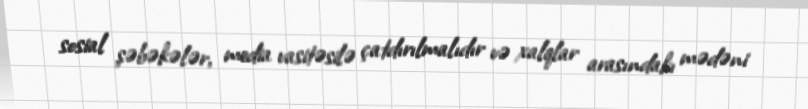
sosial şəbəkələr, media vasitəsilə çatdırılmalıdır və xalqlar arasındakı mədəni